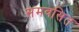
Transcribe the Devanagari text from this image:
समवसित